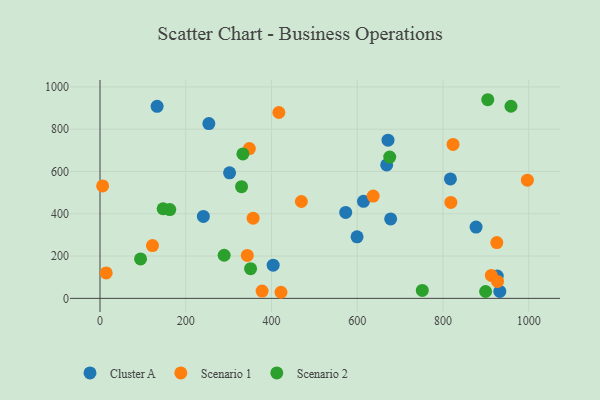
{"axis": {"x": "Study Hours", "y": "Salary"}, "legend": ["Cluster A", "Scenario 1", "Scenario 2"], "data": [{"x": "926.6", "y": 105.8, "type": "Cluster A"}, {"x": "678.0", "y": 375.5, "type": "Cluster A"}, {"x": "253.9", "y": 826.7, "type": "Cluster A"}, {"x": "599.6", "y": 290.8, "type": "Cluster A"}, {"x": "668.7", "y": 631.0, "type": "Cluster A"}, {"x": "573.1", "y": 406.3, "type": "Cluster A"}, {"x": "302.2", "y": 593.7, "type": "Cluster A"}, {"x": "877.2", "y": 337.1, "type": "Cluster A"}, {"x": "817.4", "y": 564.8, "type": "Cluster A"}, {"x": "932.6", "y": 32.8, "type": "Cluster A"}, {"x": "614.6", "y": 459.1, "type": "Cluster A"}, {"x": "133.2", "y": 908.3, "type": "Cluster A"}, {"x": "671.8", "y": 747.8, "type": "Cluster A"}, {"x": "403.9", "y": 156.8, "type": "Cluster A"}, {"x": "241.1", "y": 387.3, "type": "Cluster A"}, {"x": "348.4", "y": 708.2, "type": "Scenario 1"}, {"x": "422.1", "y": 28.8, "type": "Scenario 1"}, {"x": "343.5", "y": 203.1, "type": "Scenario 1"}, {"x": "417.2", "y": 878.9, "type": "Scenario 1"}, {"x": "122.4", "y": 249.5, "type": "Scenario 1"}, {"x": "823.5", "y": 727.9, "type": "Scenario 1"}, {"x": "912.8", "y": 108.6, "type": "Scenario 1"}, {"x": "6.1", "y": 531.9, "type": "Scenario 1"}, {"x": "927.3", "y": 79.9, "type": "Scenario 1"}, {"x": "357.2", "y": 379.3, "type": "Scenario 1"}, {"x": "637.2", "y": 483.5, "type": "Scenario 1"}, {"x": "378.1", "y": 34.6, "type": "Scenario 1"}, {"x": "925.6", "y": 263.9, "type": "Scenario 1"}, {"x": "469.7", "y": 458.0, "type": "Scenario 1"}, {"x": "818.4", "y": 453.6, "type": "Scenario 1"}, {"x": "996.9", "y": 558.9, "type": "Scenario 1"}, {"x": "14.4", "y": 120.2, "type": "Scenario 1"}, {"x": "899.4", "y": 32.4, "type": "Scenario 2"}, {"x": "330.2", "y": 528.0, "type": "Scenario 2"}, {"x": "958.6", "y": 908.5, "type": "Scenario 2"}, {"x": "289.6", "y": 203.8, "type": "Scenario 2"}, {"x": "94.6", "y": 186.3, "type": "Scenario 2"}, {"x": "162.8", "y": 419.9, "type": "Scenario 2"}, {"x": "675.8", "y": 668.3, "type": "Scenario 2"}, {"x": "147.2", "y": 423.8, "type": "Scenario 2"}, {"x": "904.5", "y": 939.3, "type": "Scenario 2"}, {"x": "751.8", "y": 37.7, "type": "Scenario 2"}, {"x": "351.2", "y": 140.3, "type": "Scenario 2"}, {"x": "333.3", "y": 683.2, "type": "Scenario 2"}]}